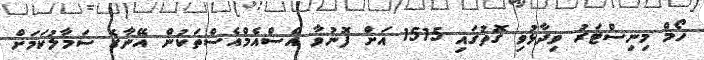
ހޯމް މިނިސްޓަރު ވިދާޅުވި ގޮތުގައި 1515 އަށް ފޮނުވާ އެސްއެމްއެސްތަކުން އޭނާގެ ސަމާލުކަމަށް